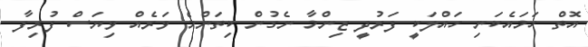
އޮތް ހަމައެކަނި ހައްލަކީ ފަރުދީ ޒިންމާ ނެގުން ކިތަންމެ ވަރެއް ވިޔަސް ފުރިފާ